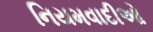
નિયમવાદીઓ